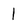
Character: 1